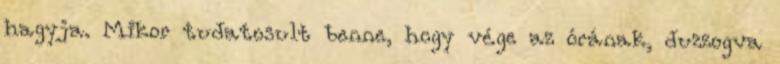
hagyja. Mikor tudatosult benne, hogy vége az órának, duzzogva